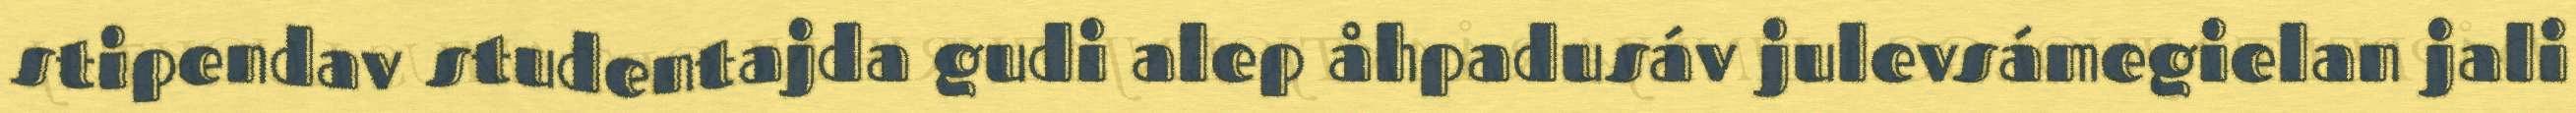
stipendav studentajda gudi alep åhpadusáv julevsámegielan jali